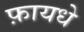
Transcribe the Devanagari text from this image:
फ़ायधे